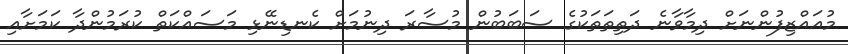
މުއައްޒިފުންނަށް ދިމާވާނެ ދަތިތަތަކުގެ ސަބަބުން މުސާރަ ދިނުމަށް ކެނޑިނޭޅި މަސައްކަތް ކުރަމުންދާ ކަމަށާއި